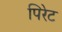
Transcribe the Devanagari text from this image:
पिरेट